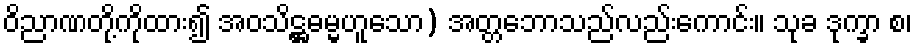
ဝိညာဏတို့ကိုထား၍ အဝသိဋ္ဌဓမ္မဟူသော) အတ္တဘောသည်လည်းကောင်း။ သုခ ဒုက္ခာ စ၊